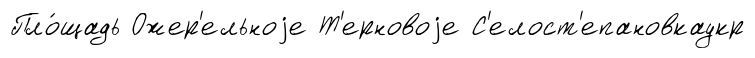
Пло́щадь Ожер'ельноjе Т'ерновоjе С'елост'епановкаукр